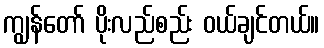
ကျွန်တော် ပိုးလည်စည်း ဝယ်ချင်တယ်။